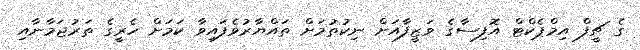
ގެ ޗީފް އިމްޕެކްޓް އޮފިސާގެ ވަޒީފާއަށް ނިކުތުމަށް ތައްޔާރުވެފައިވާ ކަމަށް ހެރީގެ ތަރުޖަމާނާއި